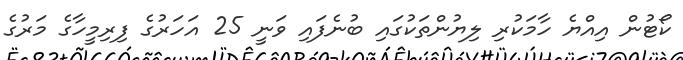
ކޯޓުން އިއްޔެ ހާމަކުރި ލިޔުންތަކުގައި ބުނެފައި ވަނީ 25 އަހަރުގެ ފިރިމީހާގެ މަރުގެ